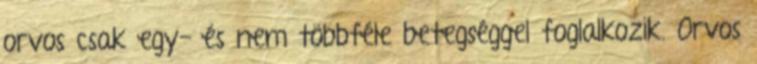
orvos csak egy- és nem többféle betegséggel foglalkozik. Orvos